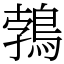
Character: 鵓